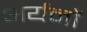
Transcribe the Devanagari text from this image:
अर्यनों